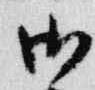
御